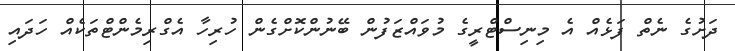
ދަށުގެ ނެތް ފަޅެއް އެ މިނިސްޓްރީގެ މުވައްޒަފުން ބޭނުންކޮށްގެން ހުރިހާ އެގްރިމެންޓްތަކެއް ހަދައި